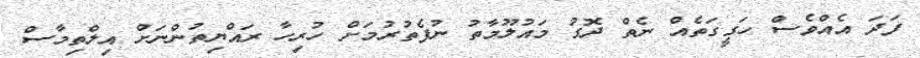
ފަދަ އެއްވެސް ހަގީގަތެއް ނެތް ދޮގު މައުލޫމާތު ނުފެތުރުމަށް ހުރިހާ ރައްޔިތުންނަށް އިލްތިމާސް